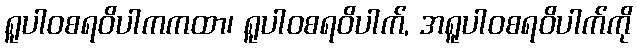
ရူပါဝစရဝိပါကကထာ၊ ရူပါဝစရဝိပါက်, အရူပါဝစရဝိပါက်ကို